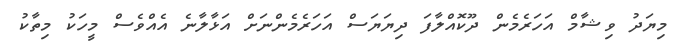
މިޔަދު ވިޝާމް އަހަރެމެން ދޫކޮއްލާފަ ދިޔަޔަސް އަހަރެމެންނަށް އަޅާލާނެ އެއްވެސް މީހަކު މިތާކު